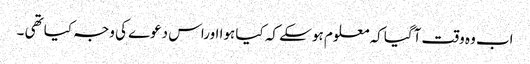
اب وہ وقت آگیا کہ معلوم ہو سکے کہ کیا ہوا اوراس دعوے کی وجہ کیا تھی ۔